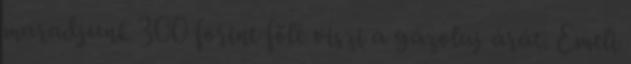
maradjunk 300 forint fölé viszi a gázolaj árát. Emeli